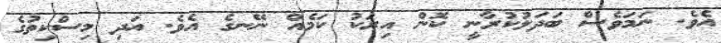
އެވެ. ނަމަވެސް ބަދަލުކުރާނީ ކޮން އިރަކު ކަމެއް ނޭނގެ އެވެ. އަދި މިސްކިތުގެ